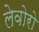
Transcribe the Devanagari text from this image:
लेवोरो